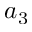
a _ { 3 }